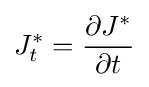
J_{t}^{\ast }={\frac {\partial J^{\ast }}{\partial t}}